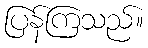
ပြန်ကြသည်။